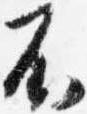
不